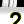
Digit: 2